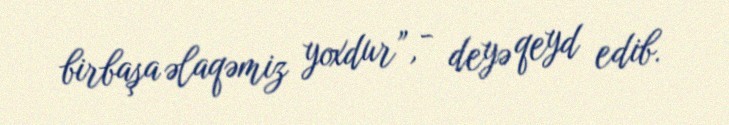
birbaşa əlaqəmiz yoxdur”, - deyə qeyd edib.